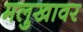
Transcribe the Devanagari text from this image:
मलुखावर